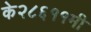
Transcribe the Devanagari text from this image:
के२८६११मी